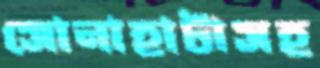
সোনাহাটাসহ